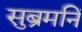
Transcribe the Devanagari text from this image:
सुब्रमनिं